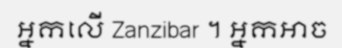
អ្នកលើ Zanzibar ។ អ្នកអាច